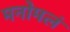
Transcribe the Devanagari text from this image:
मनोमलं